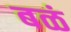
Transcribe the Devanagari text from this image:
बळं